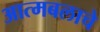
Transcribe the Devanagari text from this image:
आत्मबलाचे